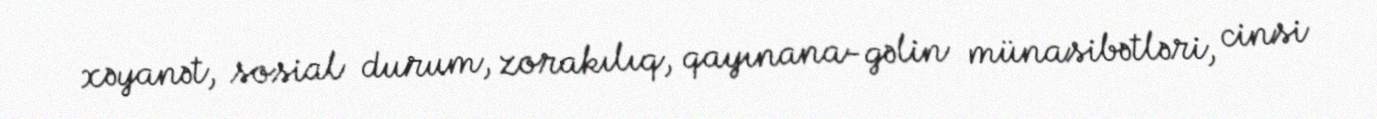
xəyanət, sosial durum, zorakılıq, qayınana-gəlin münasibətləri, cinsi